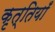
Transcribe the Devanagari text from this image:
कृत्तियाँ